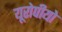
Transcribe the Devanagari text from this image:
यूरोपीयो